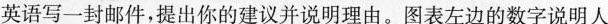
英语写一封邮件，提出你的建议并说明理由。图表左边的数字说明人